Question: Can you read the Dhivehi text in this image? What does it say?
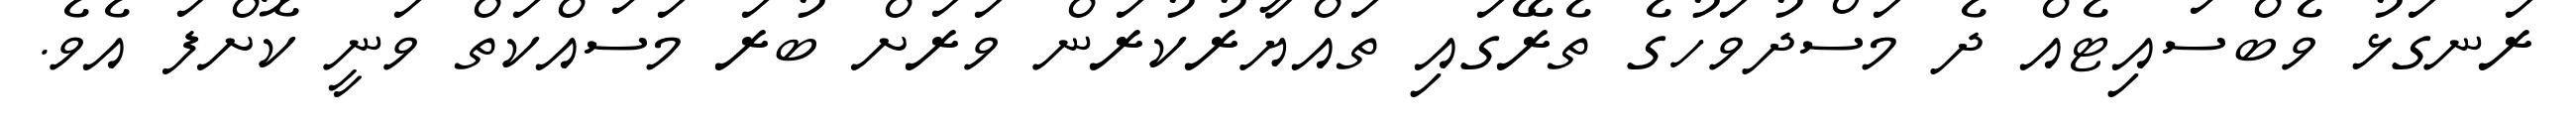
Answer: ރަނގަޅު ވެބްސައިޓެއް ދެ މަސްދުވަހުގެ ތެރޭގައި ތައްޔާރުކުރަން ވަރަށް ބުރަ މަސައްކަތް ވަނީ ކޮށްފަ އެވެ.